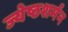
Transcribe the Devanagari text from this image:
ज्येष्ठशर्मन